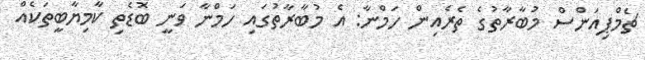
ޗެމްޕިއަންސް މުބާރާތުގެ ތެރެެއިން ހަމްނާ: އެ މުބާރާތުގައި ހަމްނާ ވަނީ ބޮޑެތި ކާމިޔާބީތަކެއް